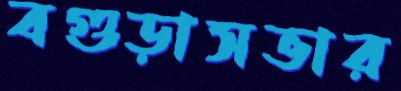
বগুড়াসভার